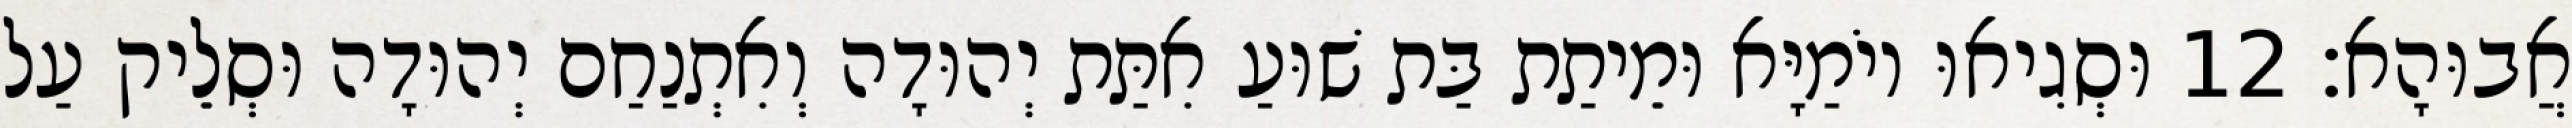
אֲבוּהָא׃ 12 וּסְגִיאוּ יוֹמַיָּא וּמֵיתַת בַּת שׁוּעַ אִתַּת יְהוּדָה וְאִתְנַחַם יְהוּדָה וּסְלֵיק עַל